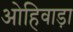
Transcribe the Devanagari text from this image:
ओहिवाड़ा